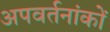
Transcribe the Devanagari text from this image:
अपवर्तनांकों